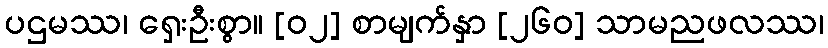
ပဌမဿ၊ ရှေးဦးစွာ။ [၀၂] စာမျက်နှာ [၂၆၀] သာမညဖလဿ၊